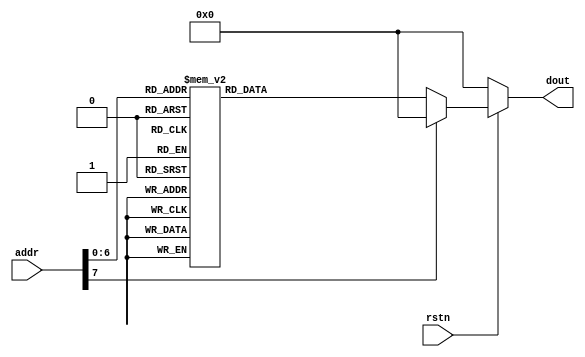
//---------------------------------------------------------------------
// Project		: LED Display 
// Module Name	: dot_map.v
// Company		: Flex
//----------------------------------------------------------------------
// Description : 
// Takes an ASCII value and outputs the corrsponding 40-bit repersentation of the value for the LED Display (HCMS-290x)

//------------------------------------------------------------------------
// Changes: 

////----------------------------------------------------------------------
// Notes:
//This LUT has 40-bit repersentations for ASCII values A to Z,".", "'", and " ".

module dot_map(
addr,
rstn,
dout
);
input [7:0] addr;
input rstn;
output reg[39:0] dout;

always@(addr)begin
		if(!rstn)
			dout = 0;
		else
			case(addr)
				8'b00://null
				
							dout = 0;	
								/*
								00000;
								00000;
								00000;
								00000;
								00000;
								00000;
								00000;	
								*/
				
				"A","a":
							dout= 40'b0111100000001110000010010000111001111000;
								/*
								00100
								01010
								01010
								11111
								10001
								10001
								10001
								*/

				"B","b":
							dout= 40'b0111111101001001010010010100100100111110;
								/*
								11110
								10001
								10001
								11111
								10001
								10001
								11110
								*/

				"C","c":
							dout= 40'b0111111101000001010000010100000101000001;
								/*
								11111
								10000
								10000
								10000
								10000
								10000
								11111
								*/

				"D","d":
							dout= 40'b0111111101000001010000010100000100111110;
								/*
								11110
								10001
								10001
								10001
								10001
								10001
								11110
								*/

				"E","e": 
							dout = 40'b0111111101001001010010010100100101000001;
									/*
									11111;
									10000;
									10000;
									11110;
									10000;
									10000;
									11111;
									*/

				"F","f": 
						
							dout = 40'b0111111100001001000010010000100100000001;
							
									/*
									11111;
									10000;
									10000;
									11110;
									10000;
									10000;
									10000;
									*/
				
				"G","g":
							dout= 40'b0111111101000001010010010100100101111001;
									/*
									11111
									10000
									10000
									10111
									10001
									10001
									11111
									*/
				"H", "h":
				
							dout = 40'b0111111100001000000010000000100001111111;	
									/*
									10001
									10001
									10001
									11111
									10001
									10001
									10001
									*/
						
				"I", "i":
				
							dout = 40'b0100000101000001011111110100000101000001;	
									/*
									11111
									00100
									00100
									00100
									00100
									00100
									11111	
									*/
					
				"J", "j":
				
							dout = 40'b0111000101000001011111110000000100000001;	
								/*
								11111
								00100
								00100
								00100
								10100
								10100
								11100	
								*/
				"K", "k":
				
							dout = 40'b0111111100001000000101000010001001000001;	
								/*
								10001
								10010
								10100
								11000
								10100
								10010
								10001	
								*/
				
				"L","l": 
							dout = 40'b0111111101000000010000000100000001000000;
								/*
								10000
								10000
								10000
								10000
								10000
								10000
								11111
								*/	
						
					
				"M", "m":
				
							dout = 40'b0111111100000010000011000000001001111111;	
								/*
								10001
								11011
								10101
								10001
								10001
								10001
								10001	
								*/
					
				"N", "n":
				
							dout = 40'b0111111100000011000111000110000001111111;	
								/*
								11001
								11001
								10101
								10101
								10101
								10011
								10011	
								*/
								
				"O", "o":
				
							dout = 40'b0011111001000001010000010100000100111110;	
								/*
								01110
								10001
								10001
								10001
								10001
								10001
								01110
								*/
						
				"P", "p":
				
							dout = 40'b0111111100001001000010010000100100001111;	
								/*
								11111;
								10001;
								10001;
								11111;
								10000;
								10000;
								10000;	
								*/	
								
				"Q", "q":
				
							dout = 40'b0001111000100001001100010010000101011110;	
								/*
								01110
								10001
								10001
								10001
								10101
								01110
								00001
								*/
					
				"R", "r":
				
							dout = 40'b0111111100001001000110010010100101001111;	
								/*
								11111
								10001
								10001
								11111
								10100
								10010
								10001	
								*/	
								
								
				"S", "s":
				
							dout = 40'b0100011001001001010010010100100100110001;	
								/*
								01111
								10000
								10000
								01110
								00001
								00001
								11110	
								*/
					
				"T", "t":
				
							dout = 40'b0000000100000001011111110000000100000001;	
								/*
								11111
								00100
								00100
								00100
								00100
								00100
								00100	
								*/
								
				"U", "u":
				
							dout = 40'b0011111101000000010000000100000000111111;	
								/*
								10001
								10001
								10001
								10001
								10001
								10001
								01110	
								*/
								
				"V", "v":
				
							dout = 40'b0001111100100000010000000010000000011111;	
								/*
								10001
								10001
								10001
								10001
								10001
								01010
								00100	
								*/
				"W", "w":
				
							dout = 40'b0111111100100000000110000010000001111111;	
								/*
								10001
								10001
								10001
								10101
								10101
								11011
								10001	
								*/
								
					
				"X","x": 
							dout = 40'b0100000100100010000111000010001001000001;
								/*
									10001
									01010
									00100
									00100
									00100
									01010
									10001
									*/	

				"Y", "y":
				
							dout = 40'b0000001100000100011110000000010000000011;	
								/*
								10001
								10001
								01010
								00100
								00100
								00100
								00100
								*/
								
				"Z", "z":
				
							dout = 40'b0110000101010001010010010100010101000011;	
								/*
								11111
								00001
								00010
								00100
								01000
								10000
								11111
								*/
								
				" ":
				
							dout = 0;	
								/*
								00000
								00000
								00000
								00000
								00000
								00000
								00000	
								*/
				
				//numbers
				
				"0":
								dout = 40'b0111111101000001010000010100000101111111;	
								/*
								11111
								10001
								10001
								10001
								10001
								10001
								11111
								*/
				"1":
								dout = 40'b0100010001000010011111110100000001000000;	
								/*
								00100
								01100
								10100
								00100
								00100
								00100
								11111	
								*/
				"2":
								dout = 40'b0110001001010001010010010100010101000010;	
								/*
								01110
								10001
								00010
								00100
								01000
								10000
								11111	
								*/
				"3":
								dout = 40'b0100100101001001010010010101010100100010;	
								/*
								11110
								00001
								00010
								11100
								00010
								00001
								11110	
								*/
				
				"4":
								dout = 40'b0000111100001000000010000000100001111111;	
								/*
								10001
								10001
								10001
								11111
								00001
								00001
								00001	
								*/
				"5":
								dout = 40'b0010111101001001010010010100100100110001;	
								/*
								11111
								10000
								10000
								11110
								00001
								10001
								01110	
								*/
				"6":
								dout = 40'b0011100001001100010010100100100100110001;	
								/*
								00011
								00100
								01000
								11110
								10001
								10001
								01110	
								*/
				"7":
								dout = 40'b0110100100011001000010010000110100001011;	
								/*
								11111
								00001
								00010
								11111
								01000
								10000
								10000	
								*/
				"8":
								dout = 40'b0011011001001001010010010100100100110110;
									/*
								01110
								10001
								10001
								01110
								10001
								10001
								01110
								*/
				"9":
								dout = 40'b0100011001001001010010010010100100011110;	
								/*
								01110
								10001
								10001
								01111
								00001
								00010
								11100	
								*/
								
				
				
				
				//Speical Chars
				//-----------------------------------------------------------------------------
				".":
							dout = 40'b0100000000000000000000000000000000000000;
								/*
								00000
								00000
								00000
								00000
								00000
								00000
								10000	
								*/
								
				"'":
							dout = 40'b0000001100000000000000000000000000000000;
								/*
								10000
								10000
								00000
								00000
								00000
								00000
								00000	
								*/
				
				"!":
							dout = 40'b0000000000000000010111110000000000000000;
								/*
								00100
								00100
								00100
								00100
								00100
								00000
								00100	
								*/
				
				"#":
							dout = 40'b0001010000110110000101000011111000010100;
								/*
								00000
								01010
								11111
								01010
								11111
								01010
								00000	
								*/
								
								
				"?":
							dout = 40'b0000001000000001010110010000010100000010;
								/*
								01110
								10001
								00010
								00100
								00100
								00000
								00100	
								*/
								
				
					default:
											
							dout = 0;	
								/*
								00000
								00000
								00000
								00000
								00000
								00000
								00000	
								*/
				endcase
	
	end
endmodule